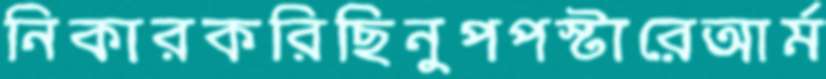
নিকারকরিছিনুপপস্টারেআর্ম